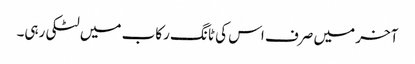
آخر میں صرف اس کی ٹانگ رکاب میں لٹکی رہی۔